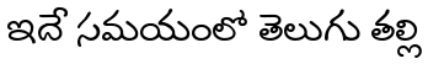
ఇదే సమయంలో తెలుగు తల్లి